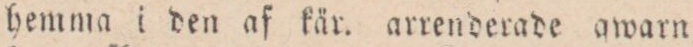
hemma i den af kär arrenderade qwarn